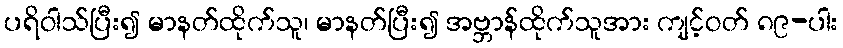
ပရိဝါသ်ပြီး၍ မာနတ်ထိုက်သူ၊ မာနတ်ပြီး၍ အဗ္ဘာန်ထိုက်သူအား ကျင့်ဝတ် ၈၉-ပါး